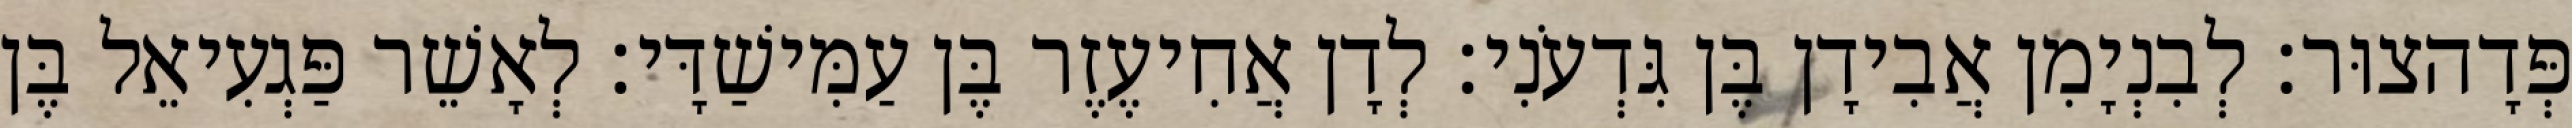
פְּדָהצוּר׃ לְבִנְיָמִן אֲבִידָן בֶּן גִּדְעֹנִי׃ לְדָן אֲחִיעֶזֶר בֶּן עַמִּישַׁדָּי׃ לְאָשֵׁר פַּגְעִיאֵל בֶּן